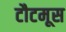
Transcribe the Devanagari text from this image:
टौटमूस